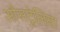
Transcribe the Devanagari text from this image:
औसट्रेलिया